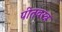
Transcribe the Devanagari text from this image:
पीतवस्त्र